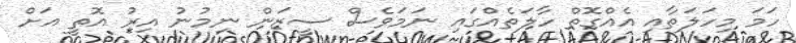
ހަމަ މިހަލަތާއި އެއްގޮތް ހާލަތެއްގައި ނަމަވެސް ސީޒަން ނިމުނު އިރު އޮތީ އަށް